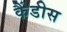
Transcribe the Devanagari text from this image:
कैंडीस